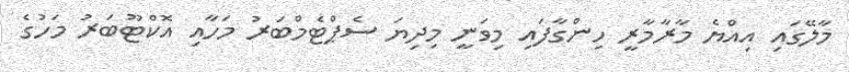
މާލޭގައި އިއްޔެ މާރާމާރީ ހިންގާފައި މިވަނީ މިދިޔަ ސެޕްޓެމްބަރު މަހާއި އޮކްޓޫބަރު މަހުގެ